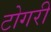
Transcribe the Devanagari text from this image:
टोगरी